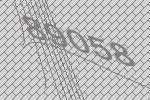
89058